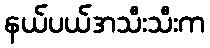
နယ်ပယ်အသီးသီးက